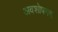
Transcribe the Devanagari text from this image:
अवशोषणया